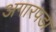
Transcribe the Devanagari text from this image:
अगारपडा